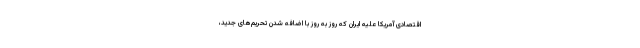
اقتصادی آمریکا علیه ایران که روز به روز با اضافه شدن تحریم‌های جدید،